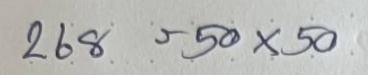
268 = 50x50